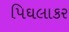
પિઘલાકર